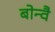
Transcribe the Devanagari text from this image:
बोन्वै